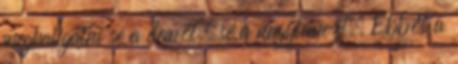
meghallgatni se a demót, se a nagylemezt. Ebből a